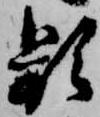
頻